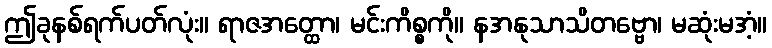
ဤခုနစ်ရက်ပတ်လုံး။ ရာဇအတ္ထော၊ မင်းကိစ္စကို။ နအနုသာသိတဗ္ဗော၊ မဆုံးမအံ့။